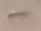
Text: -